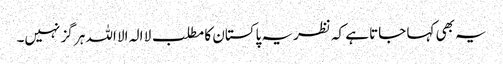
یہ بھی کہا جاتا ہے کہ نظریہ پاکستان کا مطلب لا الہ الا اللہ ہر گز نہیں۔